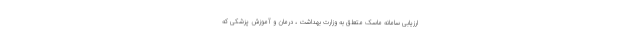
ارزیابی سامانه ماسک متعلق به وزارت بهداشت ، درمان و آموزش پزشکی که